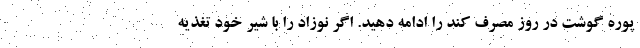
پوره گوشت در روز مصرف کند را ادامه دهید. اگر نوزاد را با شیر خود تغذیه